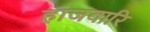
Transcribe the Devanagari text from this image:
हाजवारि